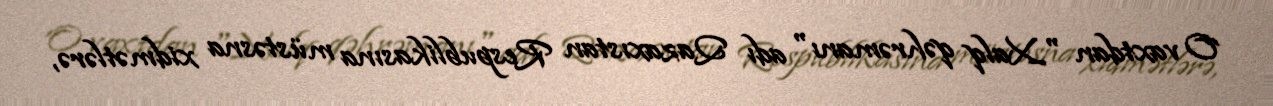
O vaxtdan "Xalq qəhrəmanı" adı Qazaxıstan Respublikasına müstəsna xidmətlərə,